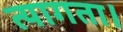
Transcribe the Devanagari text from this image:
त्‍यागता।